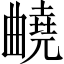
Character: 𣍕